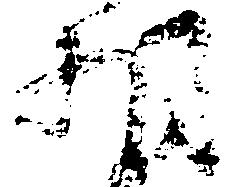
相